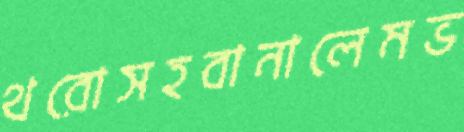
থরোসহবানালেমভ